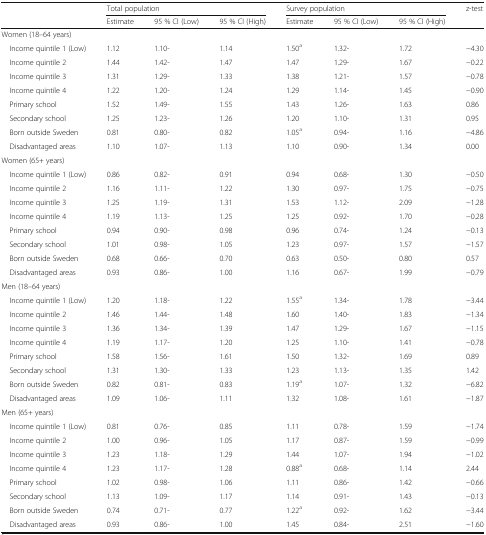
<table><thead><tr><td rowspan="2"></td><td colspan="3"><b>Total population</b></td><td colspan="3"><b>Survey population</b></td><td><b>z-test</b></td></tr><tr><td><b>Estimate</b></td><td><b>95 % CI (Low)</b></td><td><b>95 % CI (High)</b></td><td><b>Estimate</b></td><td><b>95 % CI (Low)</b></td><td><b>95 % CI (High)</b></td><td></td></tr></thead><tbody><tr><td colspan="8">Women (18–64 years)</td></tr><tr><td> Income quintile 1 (Low)</td><td>1.12</td><td>1.10-</td><td>1.14</td><td>1.50<sup>a</sup></td><td>1.32-</td><td>1.72</td><td>−4.30</td></tr><tr><td> Income quintile 2</td><td>1.44</td><td>1.42-</td><td>1.47</td><td>1.47</td><td>1.29-</td><td>1.67</td><td>−0.22</td></tr><tr><td> Income quintile 3</td><td>1.31</td><td>1.29-</td><td>1.33</td><td>1.38</td><td>1.21-</td><td>1.57</td><td>−0.78</td></tr><tr><td> Income quintile 4</td><td>1.22</td><td>1.20-</td><td>1.24</td><td>1.29</td><td>1.14-</td><td>1.45</td><td>−0.90</td></tr><tr><td> Primary school</td><td>1.52</td><td>1.49-</td><td>1.55</td><td>1.43</td><td>1.26-</td><td>1.63</td><td>0.86</td></tr><tr><td> Secondary school</td><td>1.25</td><td>1.23-</td><td>1.26</td><td>1.20</td><td>1.10-</td><td>1.31</td><td>0.95</td></tr><tr><td> Born outside Sweden</td><td>0.81</td><td>0.80-</td><td>0.82</td><td>1.05<sup>a</sup></td><td>0.94-</td><td>1.16</td><td>−4.86</td></tr><tr><td> Disadvantaged areas</td><td>1.10</td><td>1.07-</td><td>1.13</td><td>1.10</td><td>0.90-</td><td>1.34</td><td>0.00</td></tr><tr><td colspan="8">Women (65+ years)</td></tr><tr><td> Income quintile 1 (Low)</td><td>0.86</td><td>0.82-</td><td>0.91</td><td>0.94</td><td>0.68-</td><td>1.30</td><td>−0.50</td></tr><tr><td> Income quintile 2</td><td>1.16</td><td>1.11-</td><td>1.22</td><td>1.30</td><td>0.97-</td><td>1.75</td><td>−0.75</td></tr><tr><td> Income quintile 3</td><td>1.25</td><td>1.19-</td><td>1.31</td><td>1.53</td><td>1.12-</td><td>2.09</td><td>−1.28</td></tr><tr><td> Income quintile 4</td><td>1.19</td><td>1.13-</td><td>1.25</td><td>1.25</td><td>0.92-</td><td>1.70</td><td>−0.28</td></tr><tr><td> Primary school</td><td>0.94</td><td>0.90-</td><td>0.98</td><td>0.96</td><td>0.74-</td><td>1.24</td><td>−0.13</td></tr><tr><td> Secondary school</td><td>1.01</td><td>0.98-</td><td>1.05</td><td>1.23</td><td>0.97-</td><td>1.57</td><td>−1.57</td></tr><tr><td> Born outside Sweden</td><td>0.68</td><td>0.66-</td><td>0.70</td><td>0.63</td><td>0.50-</td><td>0.80</td><td>0.57</td></tr><tr><td> Disadvantaged areas</td><td>0.93</td><td>0.86-</td><td>1.00</td><td>1.16</td><td>0.67-</td><td>1.99</td><td>−0.79</td></tr><tr><td colspan="8">Men (18–64 years)</td></tr><tr><td> Income quintile 1 (Low)</td><td>1.20</td><td>1.18-</td><td>1.22</td><td>1.55<sup>a</sup></td><td>1.34-</td><td>1.78</td><td>−3.44</td></tr><tr><td> Income quintile 2</td><td>1.46</td><td>1.44-</td><td>1.48</td><td>1.60</td><td>1.40-</td><td>1.83</td><td>−1.34</td></tr><tr><td> Income quintile 3</td><td>1.36</td><td>1.34-</td><td>1.39</td><td>1.47</td><td>1.29-</td><td>1.67</td><td>−1.15</td></tr><tr><td> Income quintile 4</td><td>1.19</td><td>1.17-</td><td>1.20</td><td>1.25</td><td>1.10-</td><td>1.41</td><td>−0.78</td></tr><tr><td> Primary school</td><td>1.58</td><td>1.56-</td><td>1.61</td><td>1.50</td><td>1.32-</td><td>1.69</td><td>0.89</td></tr><tr><td> Secondary school</td><td>1.31</td><td>1.30-</td><td>1.33</td><td>1.23</td><td>1.13-</td><td>1.35</td><td>1.42</td></tr><tr><td> Born outside Sweden</td><td>0.82</td><td>0.81-</td><td>0.83</td><td>1.19<sup>a</sup></td><td>1.07-</td><td>1.32</td><td>−6.82</td></tr><tr><td> Disadvantaged areas</td><td>1.09</td><td>1.06-</td><td>1.11</td><td>1.32</td><td>1.08-</td><td>1.61</td><td>−1.87</td></tr><tr><td colspan="8">Men (65+ years)</td></tr><tr><td> Income quintile 1 (Low)</td><td>0.81</td><td>0.76-</td><td>0.85</td><td>1.11</td><td>0.78-</td><td>1.59</td><td>−1.74</td></tr><tr><td> Income quintile 2</td><td>1.00</td><td>0.96-</td><td>1.05</td><td>1.17</td><td>0.87-</td><td>1.59</td><td>−0.99</td></tr><tr><td> Income quintile 3</td><td>1.23</td><td>1.18-</td><td>1.29</td><td>1.44</td><td>1.07-</td><td>1.94</td><td>−1.02</td></tr><tr><td> Income quintile 4</td><td>1.23</td><td>1.17-</td><td>1.28</td><td>0.88<sup>a</sup></td><td>0.68-</td><td>1.14</td><td>2.44</td></tr><tr><td> Primary school</td><td>1.02</td><td>0.98-</td><td>1.06</td><td>1.11</td><td>0.86-</td><td>1.42</td><td>−0.66</td></tr><tr><td> Secondary school</td><td>1.13</td><td>1.09-</td><td>1.17</td><td>1.14</td><td>0.91-</td><td>1.43</td><td>−0.13</td></tr><tr><td> Born outside Sweden</td><td>0.74</td><td>0.71-</td><td>0.77</td><td>1.22<sup>a</sup></td><td>0.92-</td><td>1.62</td><td>−3.44</td></tr><tr><td> Disadvantaged areas</td><td>0.93</td><td>0.86-</td><td>1.00</td><td>1.45</td><td>0.84-</td><td>2.51</td><td>−1.60</td></tr></tbody></table>